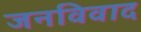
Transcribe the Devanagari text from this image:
जनविवाद